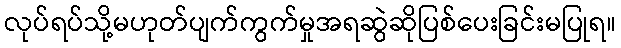
လုပ်ရပ်သို့မဟုတ်ပျက်ကွက်မှုအရဆွဲဆိုပြစ်ပေးခြင်းမပြုရ။